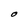
Character: O